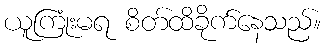
ယူကြုံးမရ စိတ်ထိခိုက်နေသည်။